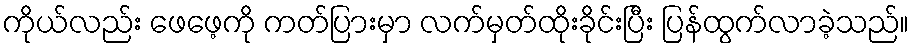
ကိုယ်လည်း ဖေဖေ့ကို ကတ်ပြားမှာ လက်မှတ်ထိုးခိုင်းပြီး ပြန်ထွက်လာခဲ့သည်။